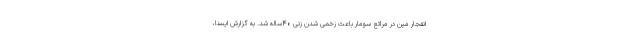
انفجار مین در مراتع سومار باعث زخمی شدن زنی ۴۰ساله شد. به گزارش ایسنا،